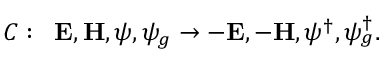
C : \; \; { \bf E } , { \bf H } , \psi , \psi _ { g } \rightarrow - { \bf E } , - { \bf H } , \psi ^ { \dag } , \psi _ { g } ^ { \dag } .